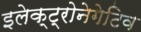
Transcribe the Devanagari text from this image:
इलेक्ट्रोनेगेटिव